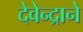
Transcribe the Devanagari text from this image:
देवेन्द्राने